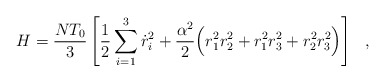
\begin{align*}H = \frac{NT_0}{3} \left[ \frac{1}{2} \sum_{i=1}^3 \dot{r}_i^2+ \frac{\alpha^2}{2} \Big( r_1^2 r_2^2 + r_1^2 r_3^2 + r_2^2 r_3^2 \Big) \right]~~,\end{align*}